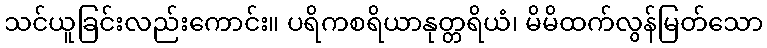
သင်ယူခြင်းလည်းကောင်း။ ပရိကစရိယာနုတ္တရိယံ၊ မိမိထက်လွန်မြတ်သော